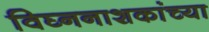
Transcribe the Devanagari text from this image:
विघ्ननाशकांच्या